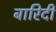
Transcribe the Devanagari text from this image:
बारिदी